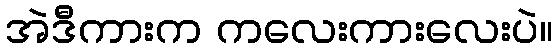
အဲဒီကားက ကလေးကားလေးပဲ။